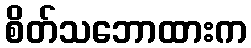
စိတ်သဘောထားက